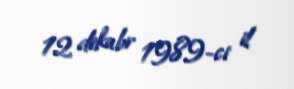
12 dekabr 1989-ci il